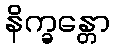
နိက္ခန္တော